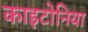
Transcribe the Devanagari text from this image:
काइटोनिया